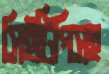
সিইটিপিসহ